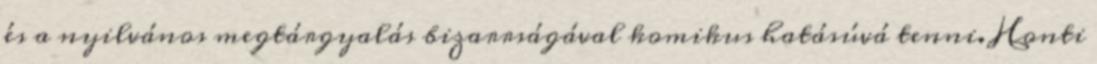
és a nyilvános megtárgyalás bizarrságával komikus hatásúvá tenni. Honti